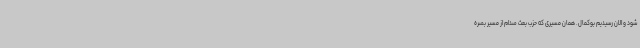
شود و الان رسیدیم بوکمال. همان مسیری که حزب بعث صدام از مسیر بصره